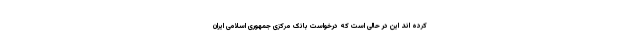
کرده اند این در حالی است که درخواست بانک مرکزی جمهوری اسلامی ایران